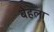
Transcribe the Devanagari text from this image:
बेहला